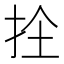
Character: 𭠜